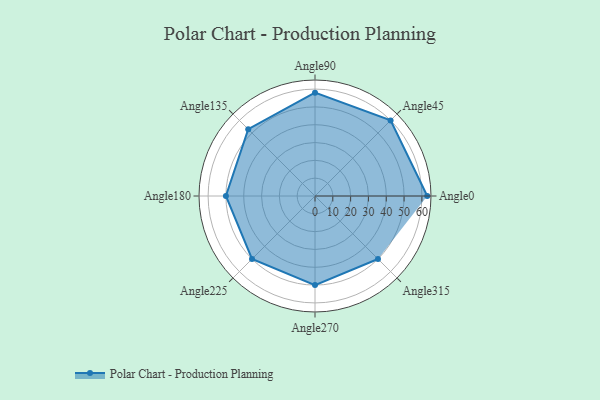
{"axis": {"x": "Angle", "y": "Radius"}, "legend": [""], "data": [{"x": "Angle0", "y": 63.0, "type": ""}, {"x": "Angle45", "y": 60.0, "type": ""}, {"x": "Angle90", "y": 58.0, "type": ""}, {"x": "Angle135", "y": 53.0, "type": ""}, {"x": "Angle180", "y": 50, "type": ""}, {"x": "Angle225", "y": 50, "type": ""}, {"x": "Angle270", "y": 50, "type": ""}, {"x": "Angle315", "y": 50, "type": ""}]}